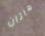
هاتان